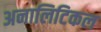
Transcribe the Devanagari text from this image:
अनालिटिकल